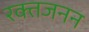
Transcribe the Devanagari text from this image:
रक्तजनन